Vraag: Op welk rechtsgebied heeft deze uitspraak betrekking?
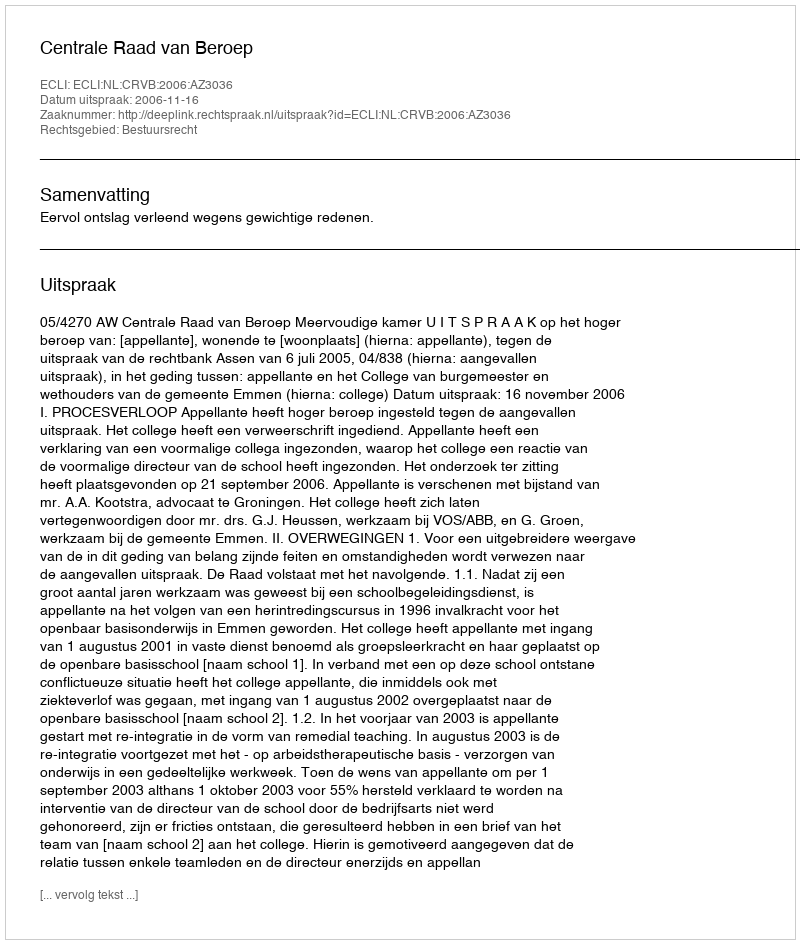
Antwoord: Bestuursrecht